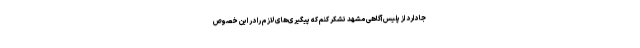
جا دارد از پلیس آگاهی مشهد تشکر کنم که پیگیری‌های لازم را در این خصوص